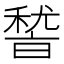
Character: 𮃛